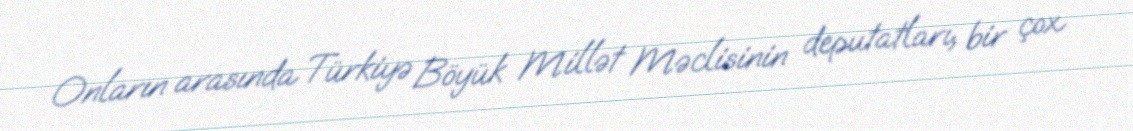
Onların arasında Türkiyə Böyük Millət Məclisinin deputatları, bir çox